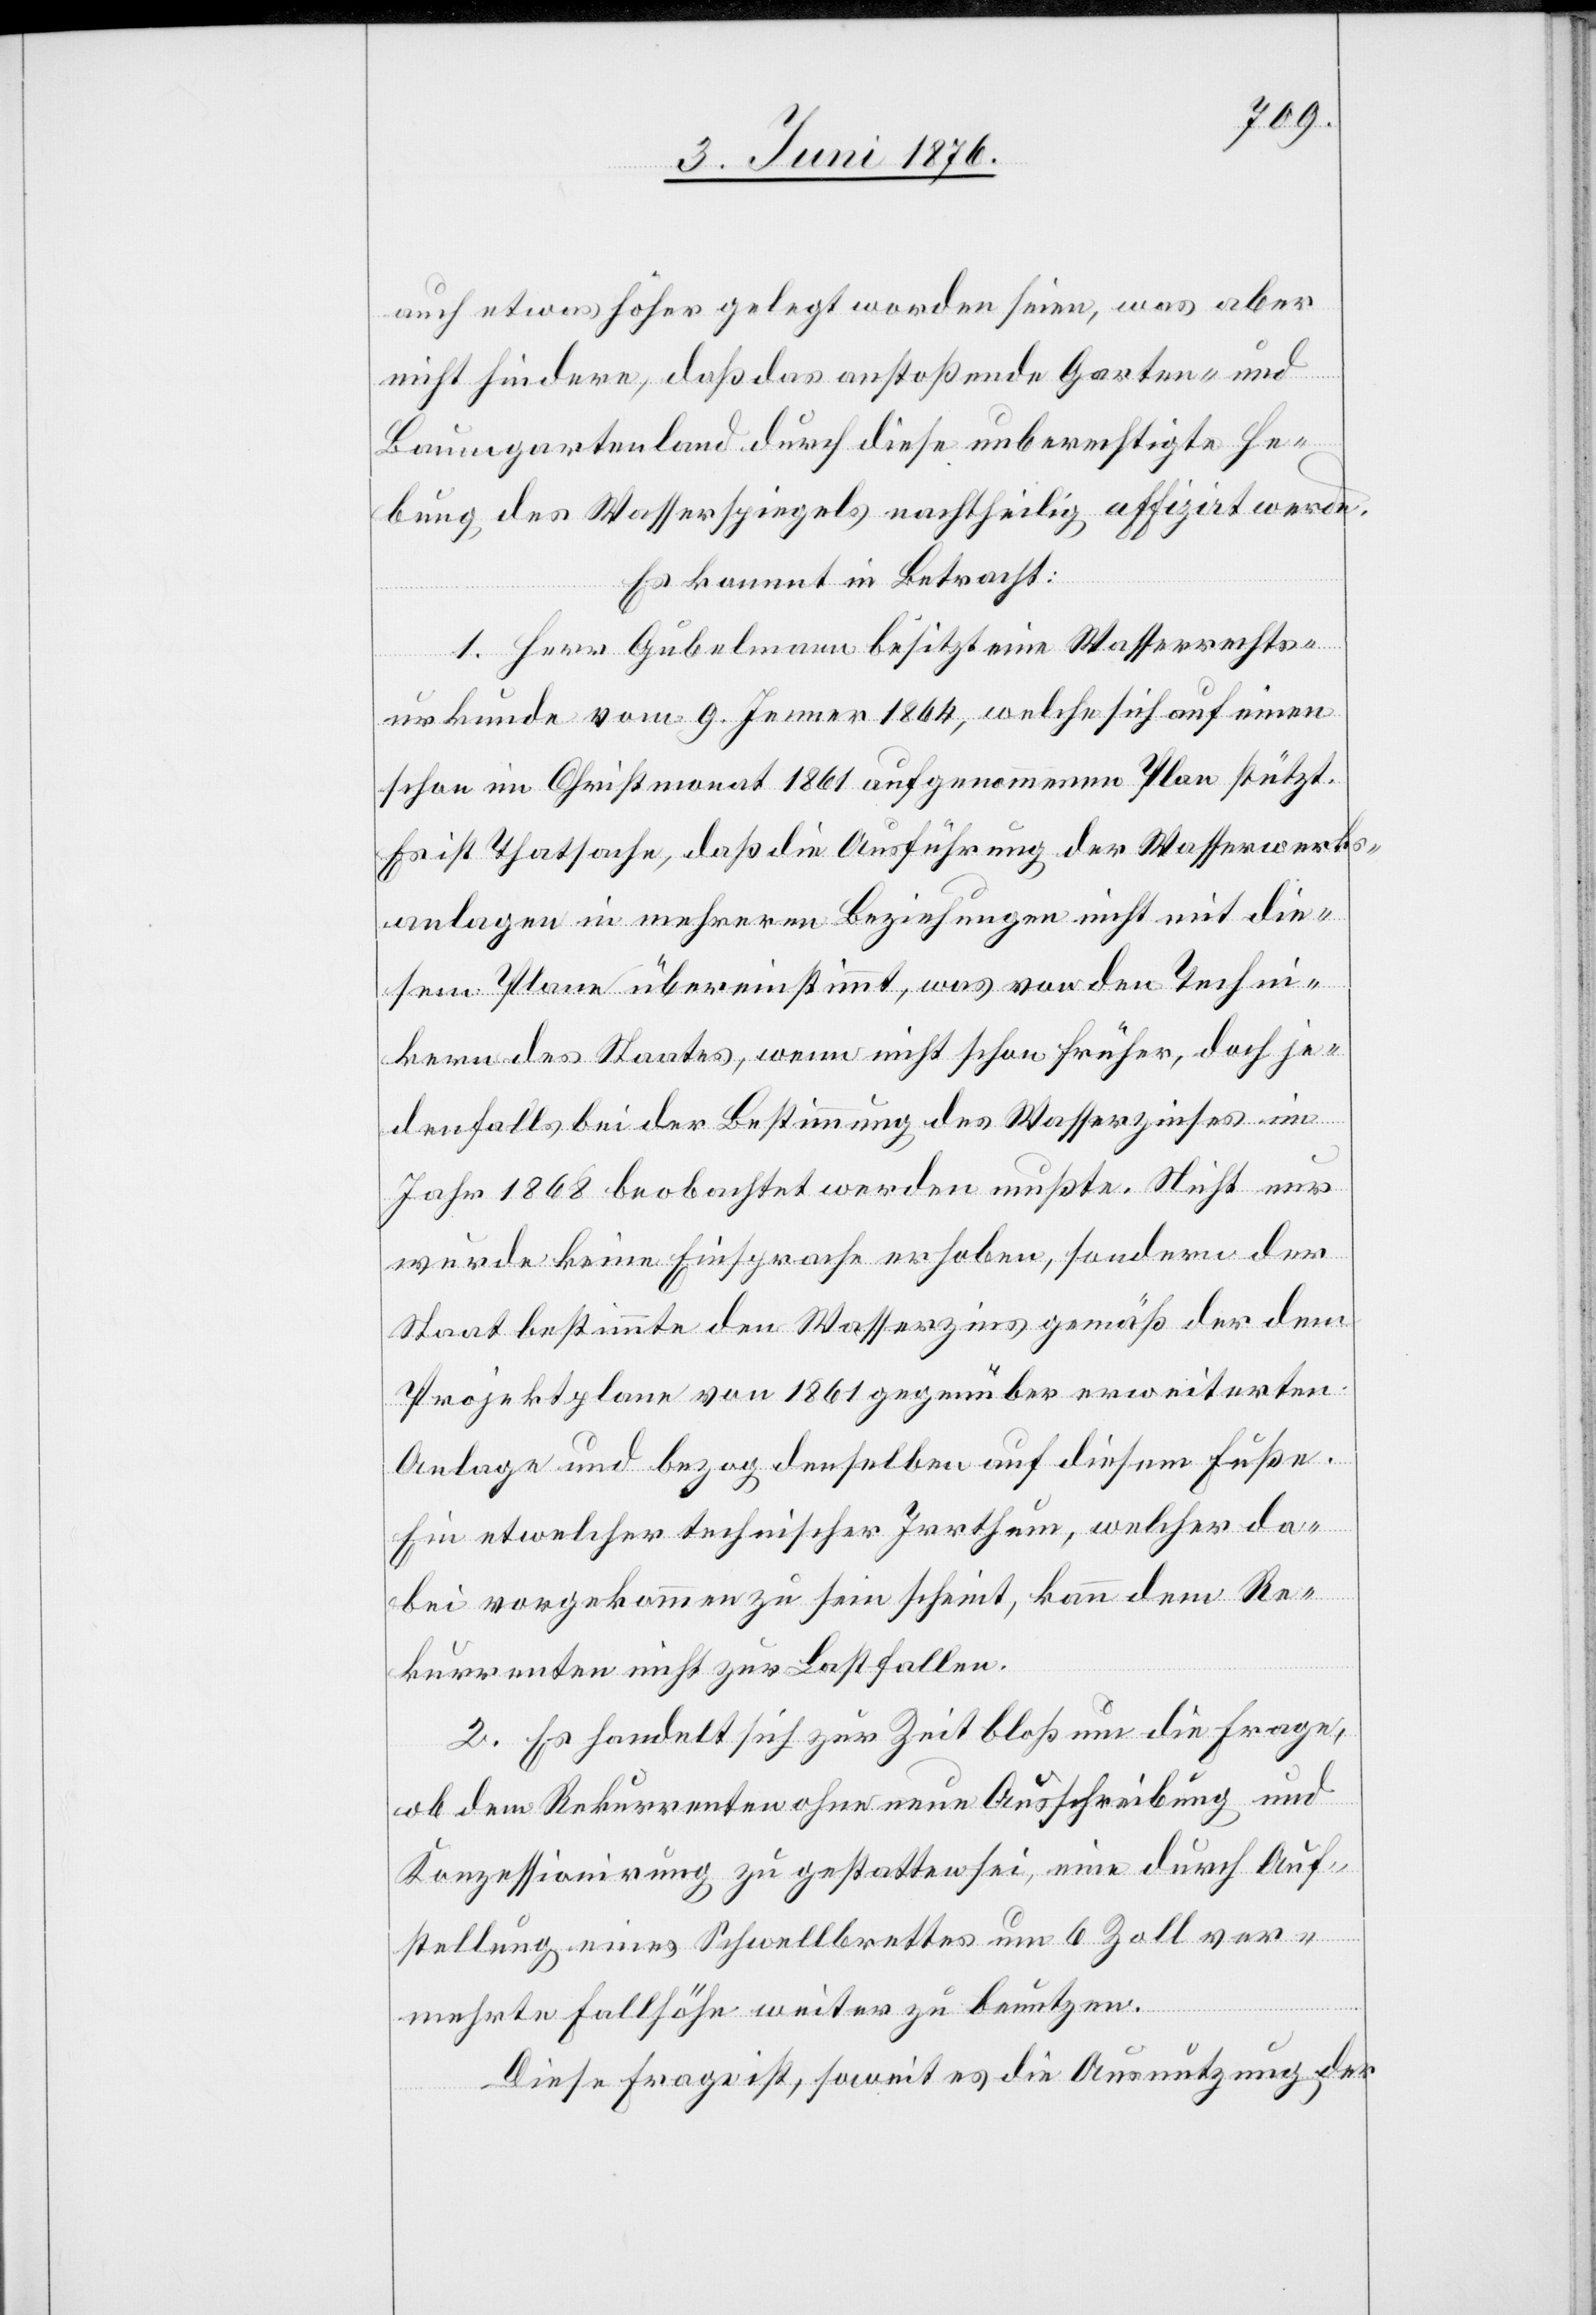
auch etwas höher gelegt worden seien, was aber
nicht hindere, daß das anstoßende Garten- und
Baumgartenland durch diese unberechtigte He¬
bung des Wasserspiegels nachtheilig affizirt werde.
Es kommt in Betracht:
1. Herr Gubelmann besitzt eine Wasserrechts¬
urkunde vom 9. Jenner 1864, welche sich auf einen
schon im Christmonat 1861 aufgenommenen Plan stützt.
Es ist Thatsache, daß die Ausführung der Wasserwerks¬
anlagen in mehreren Beziehungen nicht mit die¬
sem Plane übereinstimmt, was von den Techni¬
kern des Staates, wenn nicht schon früher, doch je¬
denfalls bei der Bestimmung des Wasserzinses im
Jahr 1868 beobachtet werden mußte. Nicht nur
wurde keine Einsprache erhoben, sondern der
Staat bestimmte den Wasserzins gemäß der dem
Projektplane von 1861 gegenüber erweiterten
Anlage und bezog denselben auf diesem Fuße.
Ein etwelcher technischer Irrthum, welcher da¬
bei vorgekommen zu sein scheint, kann dem Re¬
kurrenten nicht zur Last fallen.
2. Es handelt sich zur Zeit bloß um die Frage,
ob dem Rekurrenten ohne neue Ausschreibung und
Konzessionirung zu gestatten sei, eine durch Auf¬
stellung eines Schwellbrettes um 6 Zoll ver¬
mehrte Fallhöhe weiter zu benutzen.
Diese Frage ist, soweit es die Ausnutzung der